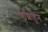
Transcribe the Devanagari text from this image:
वांद्र्याहून